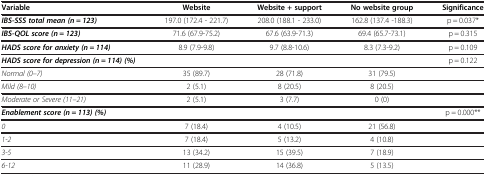
<table><thead><tr><td><b>Variable</b></td><td><b>Website</b></td><td><b>Website + support</b></td><td><b>No website group</b></td><td><b>Significance</b></td></tr></thead><tbody><tr><td><b><i>IBS-SSS total mean (n = 123)</i></b></td><td>197.0 (172.4 - 221.7)</td><td>208.0 (188.1 - 233.0)</td><td>162.8 (137.4 -188.3)</td><td>p = 0.037*</td></tr><tr><td><b><i>IBS-QOL score (n = 123)</i></b></td><td>71.6 (67.9-75.2)</td><td>67.6 (63.9-71.3)</td><td>69.4 (65.7-73.1)</td><td>p = 0.315</td></tr><tr><td><b><i>HADS score for anxiety (n = 114)</i></b></td><td>8.9 (7.9-9.8)</td><td>9.7 (8.8-10.6)</td><td>8.3 (7.3-9.2)</td><td>p = 0.109</td></tr><tr><td><b><i>HADS score for depression (n = 114) (%)</i></b></td><td> </td><td> </td><td> </td><td>p = 0.122</td></tr><tr><td><i>Normal (0–7)</i></td><td>35 (89.7)</td><td>28 (71.8)</td><td>31 (79.5)</td><td> </td></tr><tr><td><i>Mild (8–10)</i></td><td>2 (5.1)</td><td>8 (20.5)</td><td>8 (20.5)</td><td> </td></tr><tr><td><i>Moderate or Severe (11–21)</i></td><td>2 (5.1)</td><td>3 (7.7)</td><td>0 (0)</td><td> </td></tr><tr><td><b><i>Enablement score (n = 113) (%)</i></b></td><td> </td><td> </td><td> </td><td>p = 0.000**</td></tr><tr><td><i>0</i></td><td>7 (18.4)</td><td>4 (10.5)</td><td>21 (56.8)</td><td> </td></tr><tr><td><i>1-2</i></td><td>7 (18.4)</td><td>5 (13.2)</td><td>4 (10.8)</td><td> </td></tr><tr><td><i>3-5</i></td><td>13 (34.2)</td><td>15 (39.5)</td><td>7 (18.9)</td><td> </td></tr><tr><td><i>6-12</i></td><td>11 (28.9)</td><td>14 (36.8)</td><td>5 (13.5)</td><td> </td></tr></tbody></table>